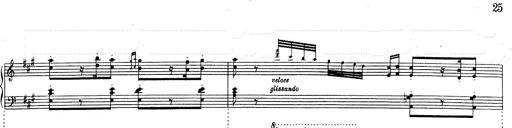
Title: RÃ©miniscences de Don Juan
Composer: Franz Liszt